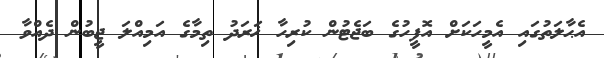
އެޙާލަތުގައި އެމީހަކަށް އޮފީހުގެ ބަޖެޓުން ކުރިހާ ޚަރަދު ތިމާގެ އަމިއްލަ ޖީބުން ދެއްވާ